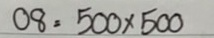
08 = 500 x 500